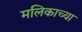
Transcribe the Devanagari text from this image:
मलिकाच्या